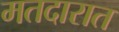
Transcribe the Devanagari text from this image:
मतदारात